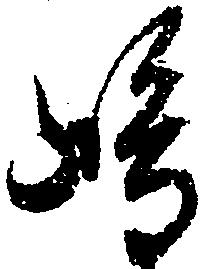
嶋